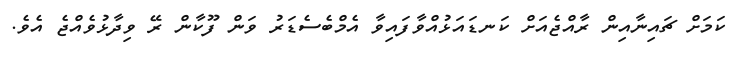
ކަމަށް ޗައިނާއިން ރާއްޖެއަށް ކަނޑައަޅުއްވާފައިވާ އެމްބެސެޑަރު ވަން ފޫކާން ރޭ ވިދާޅުވެއްޖެ އެވެ.